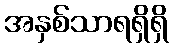
အနှစ်သာရရှိရှိ